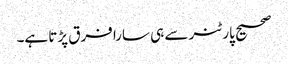
صحیح پارٹنر سے ہی سارا فرق پڑتا ہے۔